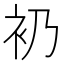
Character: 𧘌